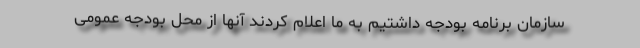
سازمان برنامه بودجه داشتیم به ما اعلام کردند آنها از محل بودجه عمومی